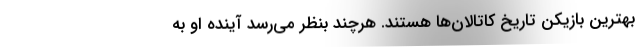
بهترین بازیکن تاریخ کاتالان‌ها هستند. هرچند بنظر می‌رسد آینده او به